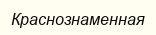
Краснознаменная